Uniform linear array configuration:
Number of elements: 24
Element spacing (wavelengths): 1
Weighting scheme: uniform
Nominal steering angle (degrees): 45
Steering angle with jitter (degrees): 44.062
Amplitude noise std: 0.05
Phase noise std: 0.05

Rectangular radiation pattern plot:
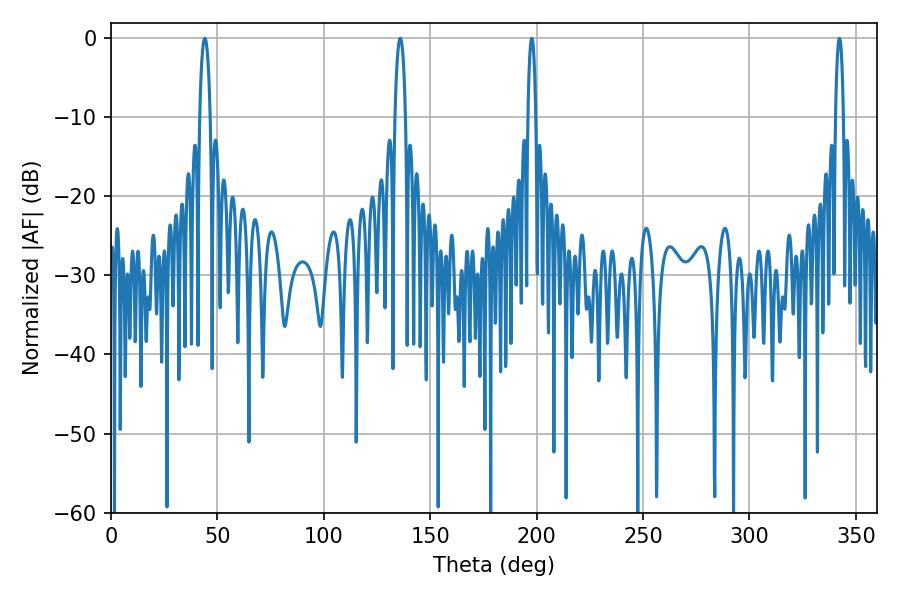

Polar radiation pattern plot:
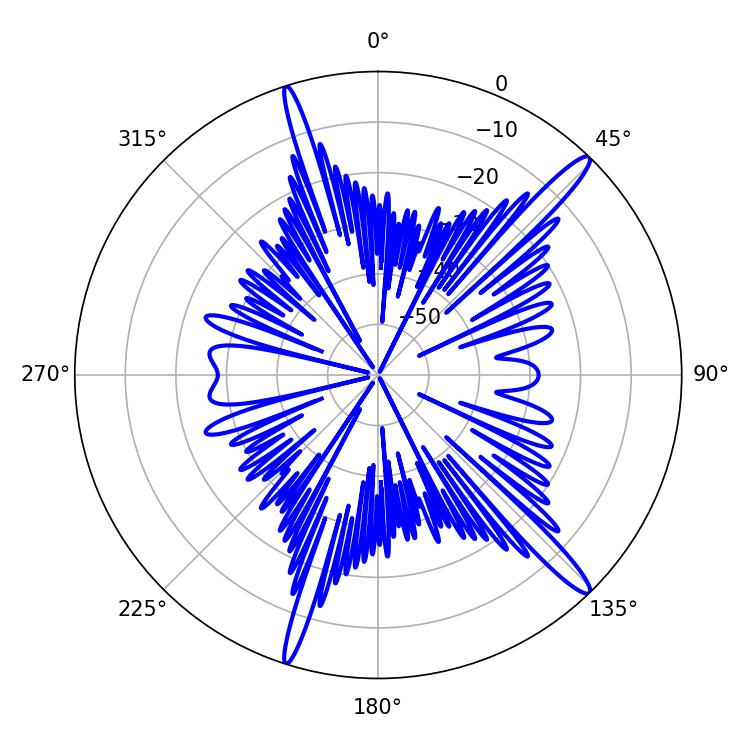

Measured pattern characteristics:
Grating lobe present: TRUE
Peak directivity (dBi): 15.736
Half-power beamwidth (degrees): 2.88
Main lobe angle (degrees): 135.9